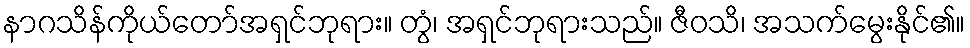
နာဂသိန်ကိုယ်တော်အရှင်ဘုရား။ တွံ၊ အရှင်ဘုရားသည်။ ဇီဝသိ၊ အသက်မွေးနိုင်၏။